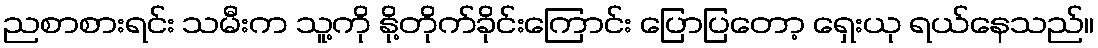
ညစာစားရင်း သမီးက သူ့ကို နို့တိုက်ခိုင်းကြောင်း ပြောပြတော့ ရှေးယု ရယ်နေသည်။